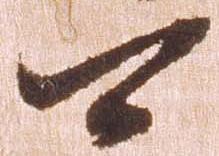
可